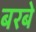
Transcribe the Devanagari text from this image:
बरबे